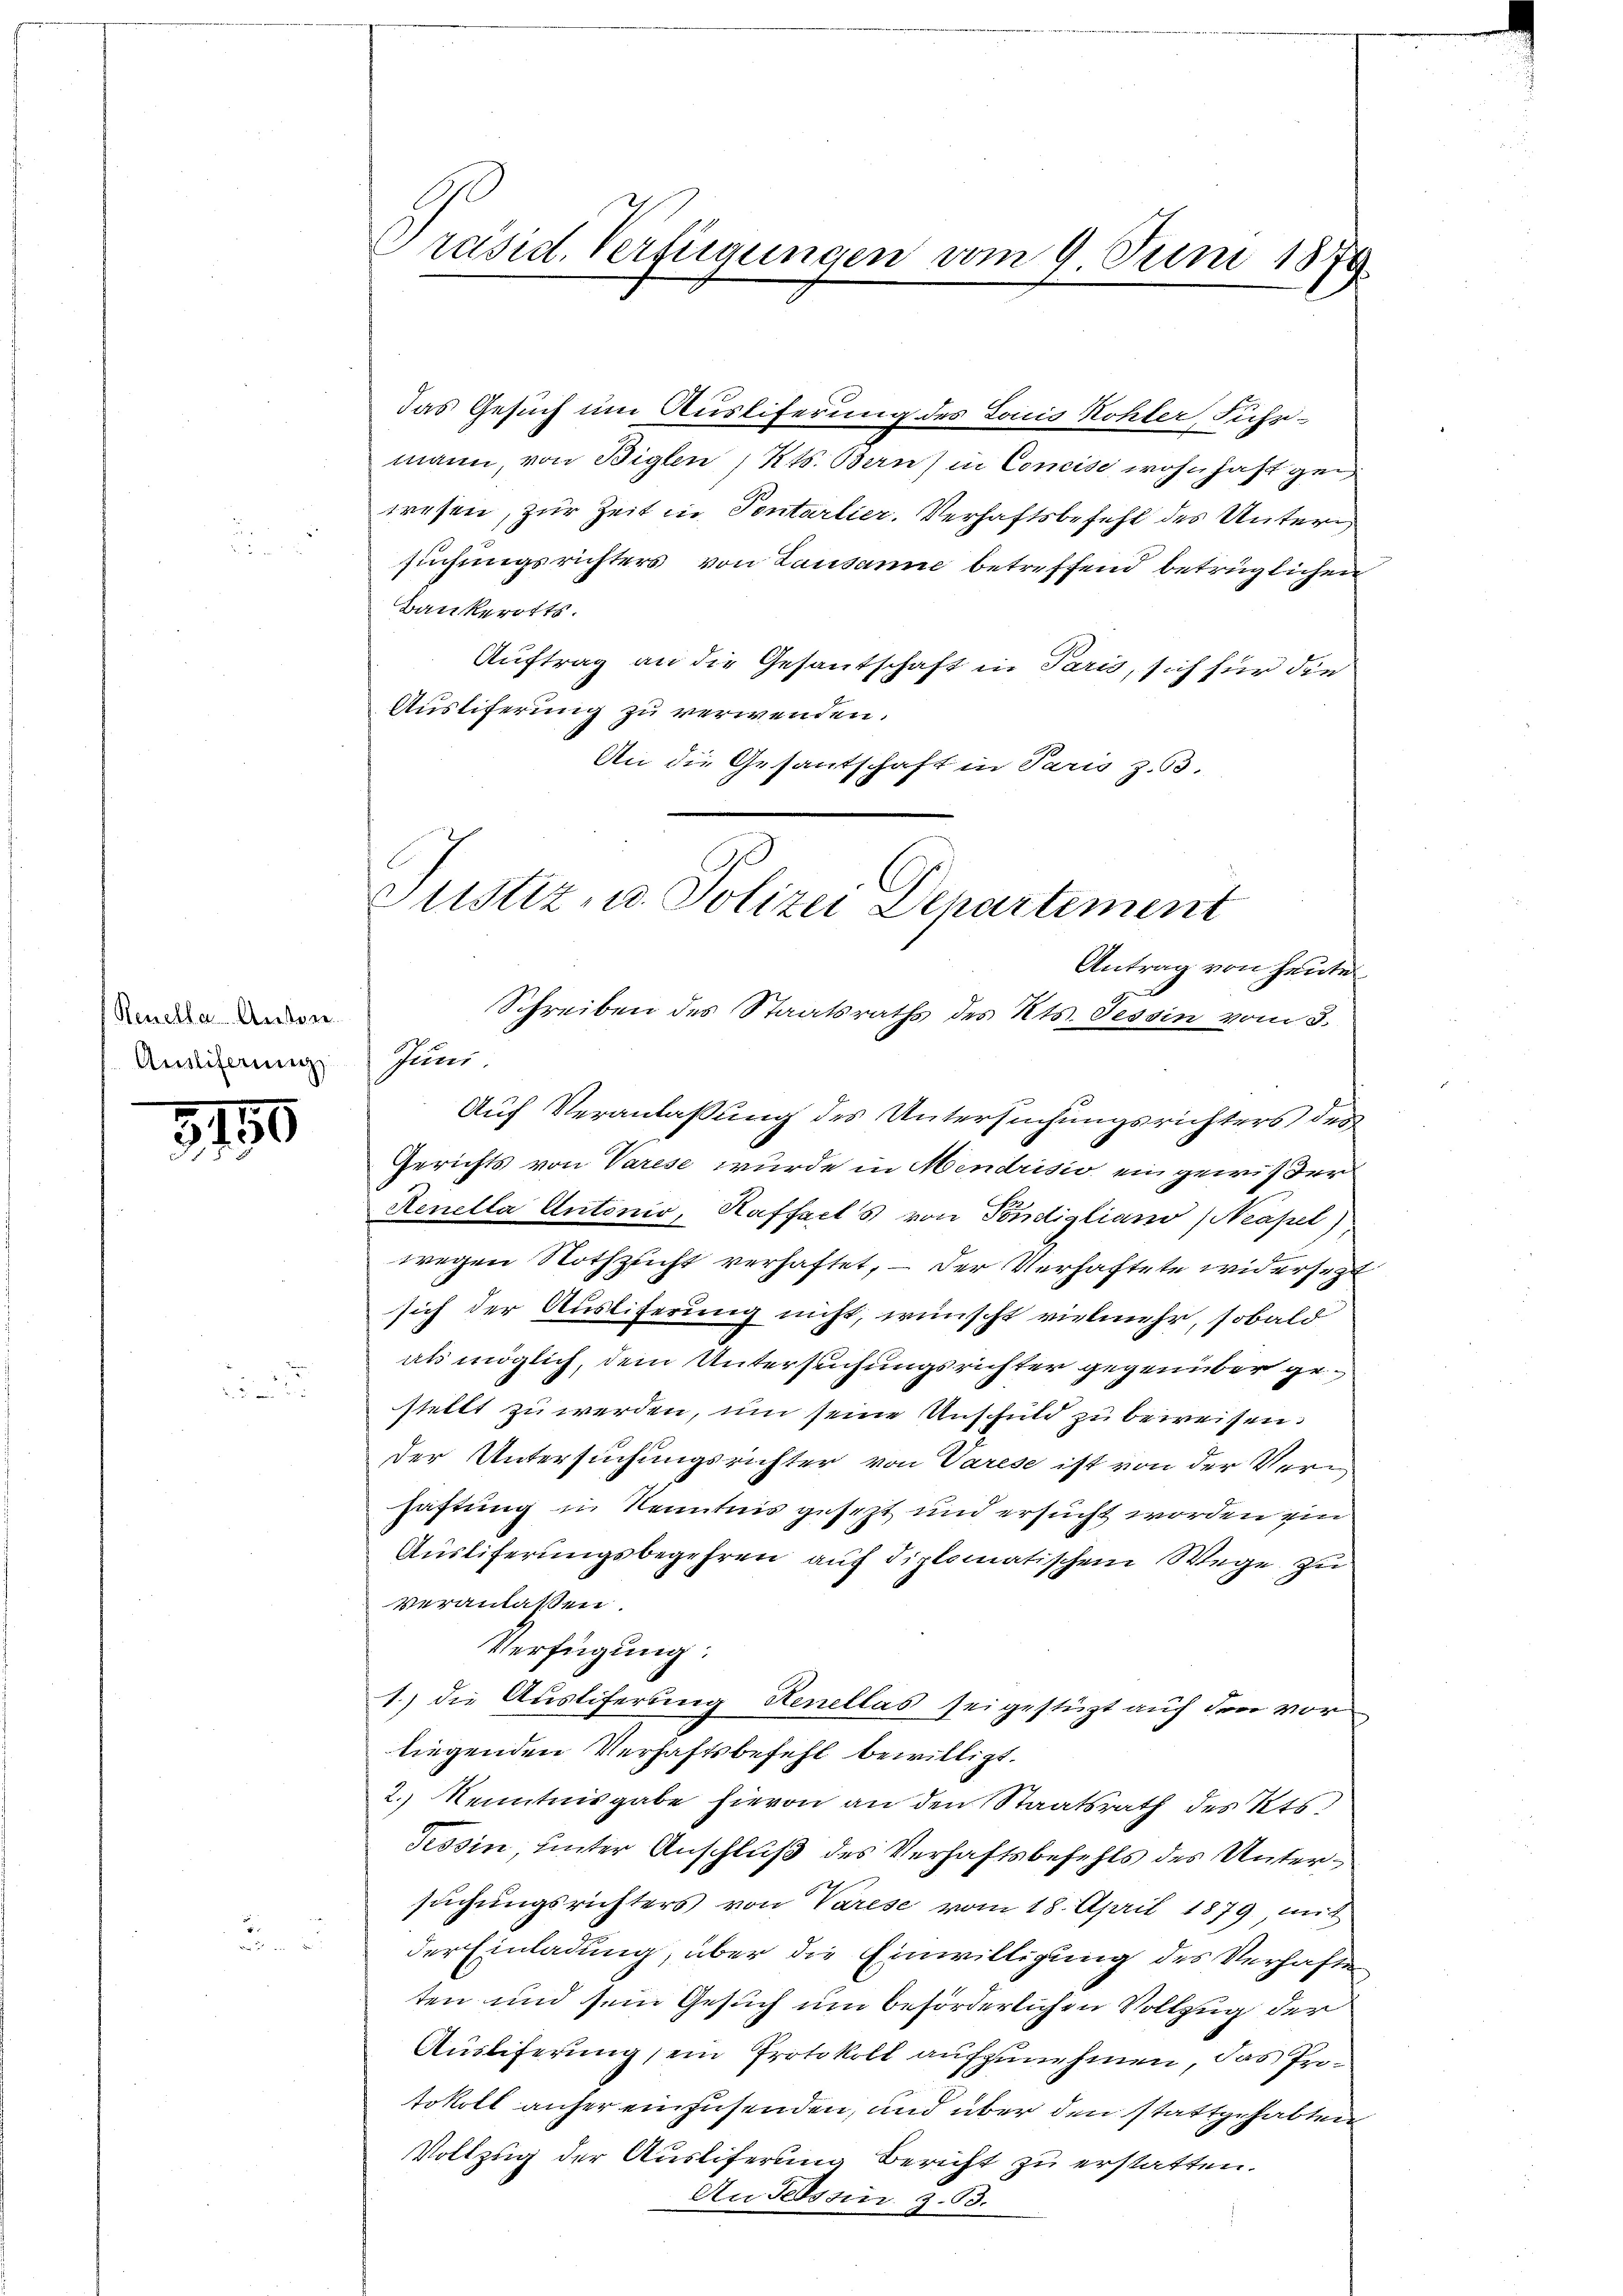
Renelle Anson.
Amliferung

3750

Präsid. Verfügungen vom 9. Juni 1879

das Gesuch um Ausliferung des Loicis Kohler, Fuhrmann, von Biglen, Kts. Bern) in Concise wohnhaft gen
wesen, zur Zeit in Tentarlier, Verhaftsbefehl des Untersuchungsrichters von Lausanne betreffend betrüglichen
Bankerotts.
Auftrag an die Gesantschaft in Paris, sich für die
Ausliferung zu verwenden.
An die Gesantschaft in Paris z. B.
Auf Veranlassung des Untersuchungsrichters des
Gerichts von Varese wurde in Mendrisio ein gewißer
Aenella Antonio, Kaffects von Tondigliano (Neapel)
wegen Nothzucht verhaftet, – der Verhaftete widersezt
sich der Ausliterung nicht, wünscht vielmehr, sobald
als möglich, dem Untersuchungsrichter gegenüber gestellt zu werden, um seine Unschuld zu beweisen.
der Untersuchungsrichter von Varese ist von der Verhaftung in Kenntnis gesezt und ersucht worden ein
Ausliferungsbegehren auf diplomatischem Wege zu
veranlassen.
Verfügung:
1) die Ausliferung Kenellas sei gestüzt auf drei vor
liegenden Verhaftsbefehl bewilligt.
2.) Kenntnisgabe hievon an den Staatsrath des Kts.
Tessin, unter Anschluß des Verhaftsbefehls des Untersuchungsrichters von Varese vom 18. April 1879 mit
der Einladung, über die Einwilligung des Verhaften
ten und sein Gesuch um beförderlichen Vollzug der
Ausliferung sein Protokoll aufzunehmen, das Protokoll anher einzusenden, und über den stattgehabten
Vollzug der Ausliferung Bericht zu erstatten.
An Tessin z. 63.

Justiz- u. Polizei Departement
Antrag von heute
Schreiben des Staatsraths des Kts. Tessin vom 3.
Juni